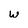
Character: w